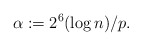
\begin{align*}\alpha := 2^6(\log n)/p.\end{align*}